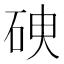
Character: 𥑷